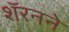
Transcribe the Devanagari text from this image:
शॅरनने